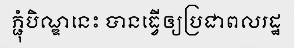
ភ្ជុំបិណ្ឌនេះ បានធ្វើឲ្យប្រជាពលរដ្ឋ